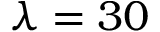
\lambda = 3 0